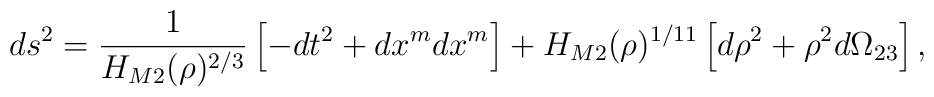
ds^{2} = \frac{1}{H_{M2}(\rho)^{2/3}} \left[  -dt^{2} +dx^{m}dx^{m} \right]  + H_{M2}(\rho)^{1/11} \left[  d\rho^{2} + \rho^{2}d\Omega_{23} \right]  ,